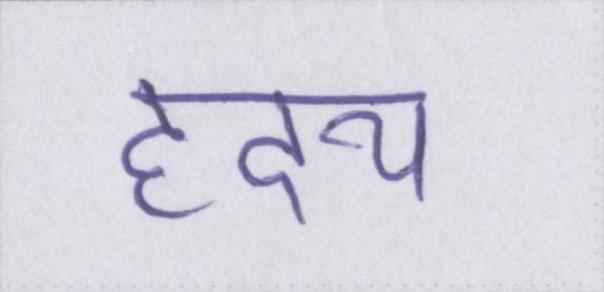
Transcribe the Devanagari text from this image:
ह्रदय